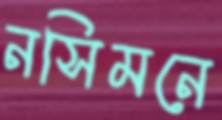
নসিমনে